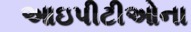
આઇપીટીઓના